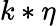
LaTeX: k*\eta